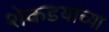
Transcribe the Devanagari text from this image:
शेकडयांच्या